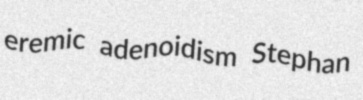
eremic adenoidism Stephan